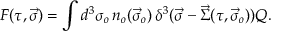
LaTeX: { \cal F } ( \tau , \vec { \sigma } ) = \int d ^ { 3 } \sigma _ { o } \, n _ { o } ( \vec { \sigma } _ { o } ) \, \delta ^ { 3 } ( \vec { \sigma } - \vec { \Sigma } ( \tau , \vec { \sigma } _ { o } ) ) Q .